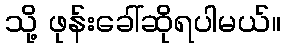
သို့ ဖုန်းခေါ်ဆိုရပါမယ်။